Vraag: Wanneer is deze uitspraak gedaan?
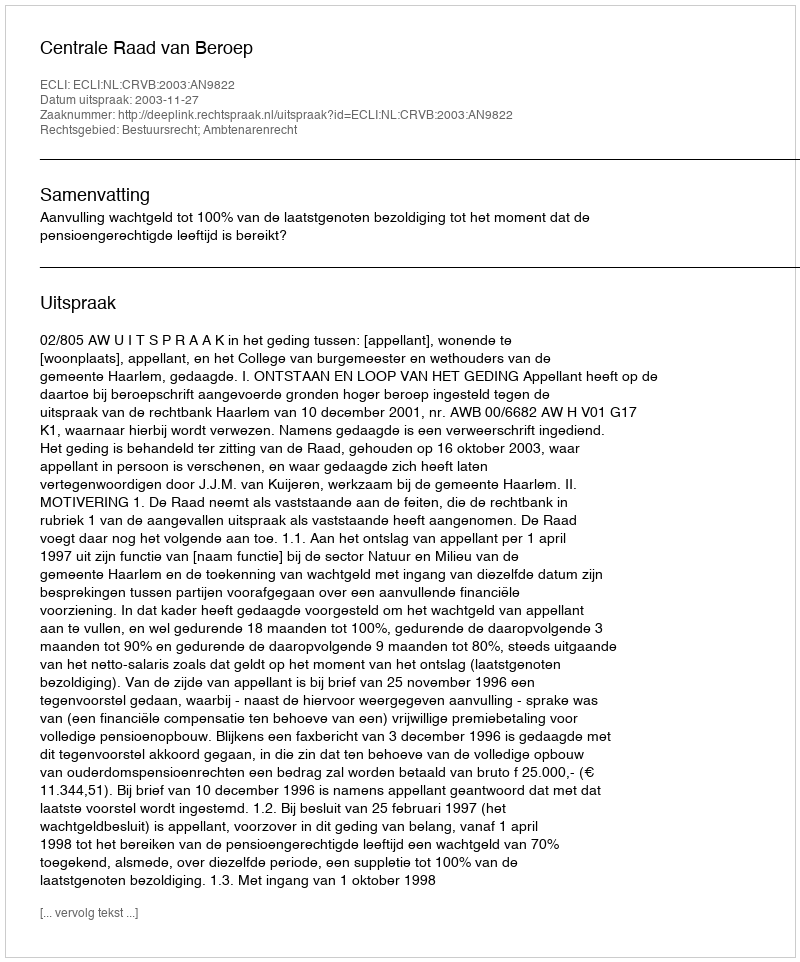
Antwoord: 2003-11-27